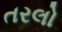
તરલો